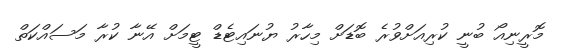
މޮރީނިއޯ ބުނީ ކުރިއަށްވުރެ ބޮޑަށް މިހާރު ޔުނައިޓެޑް ޓީމަށް އޭނާ ކުރާ މަސައްކަތް